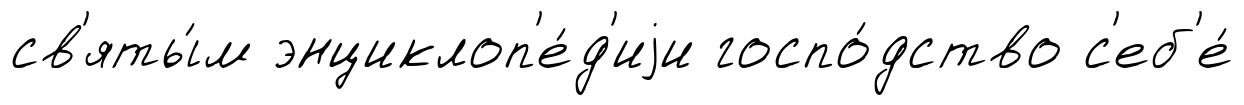
св'яты́м энциклоп'е́д'иjи госпо́дство с'еб'е́